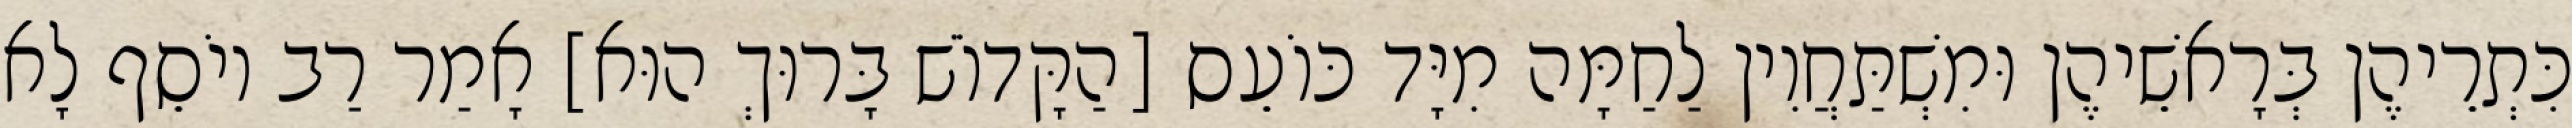
כִּתְרֵיהֶן בְּרָאשֵׁיהֶן וּמִשְׁתַּחֲוִין לַחַמָּה מִיָּד כּוֹעֵס [הַקָּדוֹשׁ בָּרוּךְ הוּא] אָמַר רַב יוֹסֵף לָא